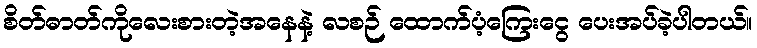
စိတ်ဓာတ်ကိုလေးစားတဲ့အနေနဲ့ လစဉ် ထောက်ပံ့ကြေးငွေ ပေးအပ်ခဲ့ပါတယ်။